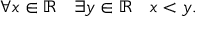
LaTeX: \forall x \in \mathbb { R } \quad \exists y \in \mathbb { R } \quad x < y .